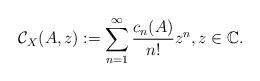
LaTeX: \begin{align*}{\mathcal C}_X(A,z):=\sum_{n=1}^\infty \frac{c_n(A)}{n!}z^n,z\in \mathbb C.\end{align*}